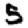
Digit: 5